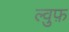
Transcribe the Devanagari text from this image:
ल्वुफ़